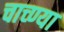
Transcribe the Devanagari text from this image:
चाच्ण्या